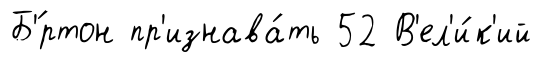
Б'́ртон пр'изнава́ть 52 В'ел'и́к'ий